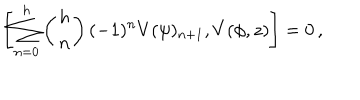
LaTeX: \left[ \sum _ { n = 0 } ^ { h } \left( { h \atop n } \right) ( - 1 ) ^ { n } V ( \psi ) _ { n + 1 } , V ( \phi , z ) \right] = 0 \, ,